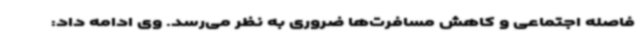
فاصله اجتماعی و کاهش مسافرت‌ها ضروری به نظر می‌رسد. وی ادامه داد: